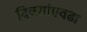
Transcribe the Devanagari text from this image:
दिवसांएवढा